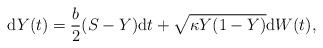
LaTeX: \begin{align*}\mathrm{d}Y(t) = \frac{b}{2}(S-Y)\mathrm{d}t + \sqrt{\kappa Y(1-Y)}\mathrm{d}W(t), \end{align*}